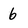
Character: 6